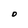
Character: D